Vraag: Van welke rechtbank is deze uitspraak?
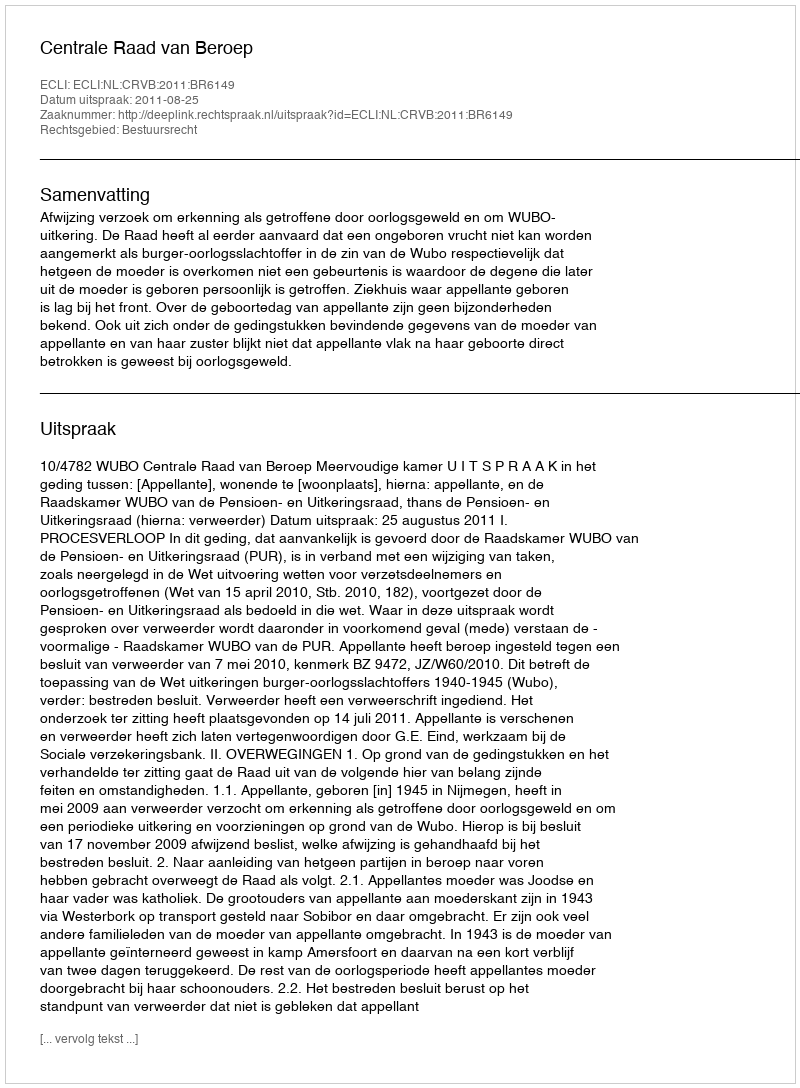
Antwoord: Centrale Raad van Beroep